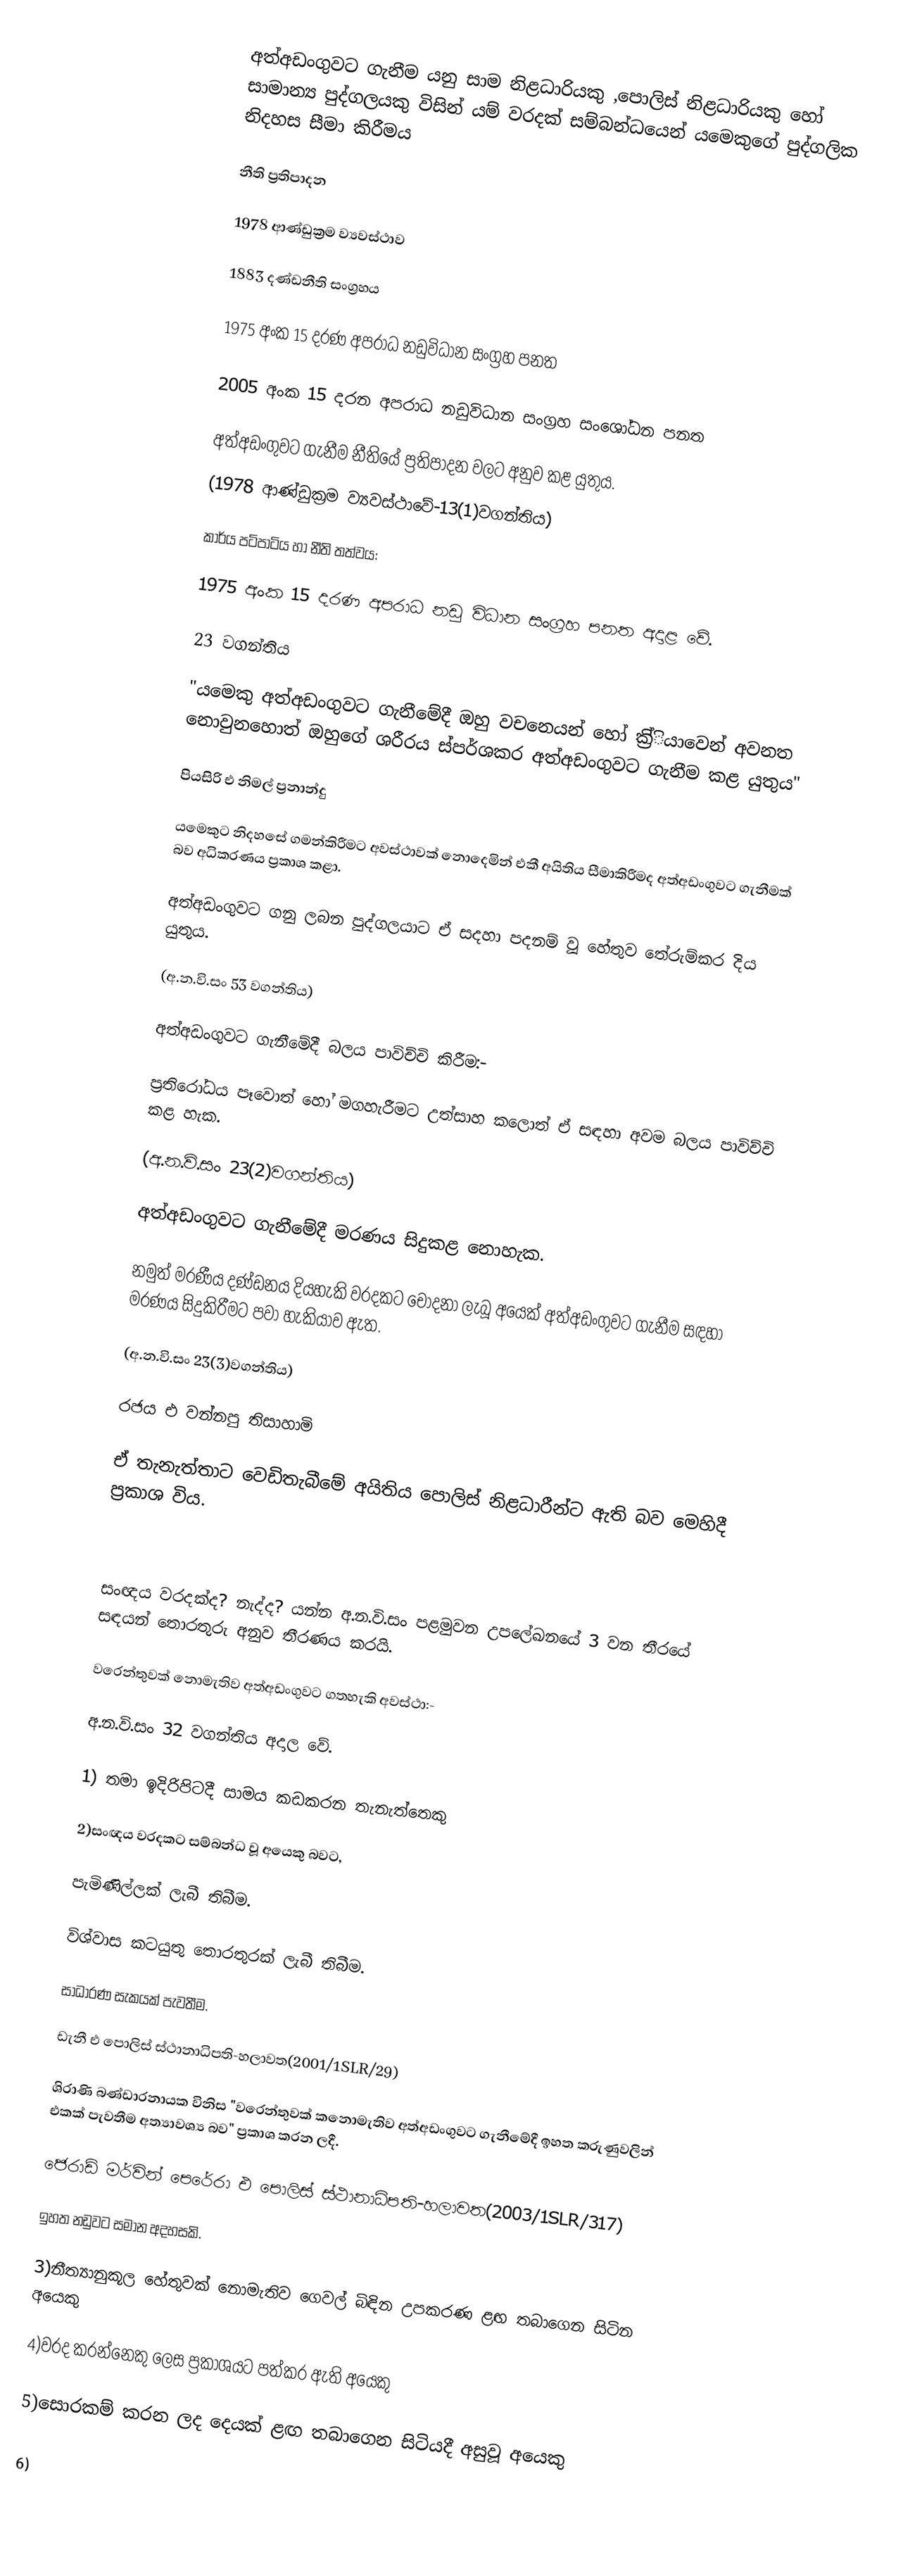
අත්අඩංගුවට ගැනීම යනු සාම නිළධාරියකු ,පොලිස් නිළධාරියකු හෝ සාමාන්‍ය පුද්ගලයකු විසින් යම් වරදක් සම්බන්ධයෙන් යමෙකුගේ පුද්ගලික නිදහස සීමා කිරීමය

  ‍නීති ප්‍රතිපාදන

1978 ආණ්ඩුක්‍රම ව්‍යවස්ථාව

1883 දණ්ඩනීති සංග්‍රහය

1975 අංක 15 දරණ අපරාධ නඩුවිධාන සංග්‍රහ පනත

2005 අංක 15 දරන අපරාධ නඩුවිධාන සංග්‍රහ සංශෝධන පනත

අත්අඩංගුවට ගැනීම නීතියේ ප්‍රතිපාදන වලට අනුව කළ යුතුය.
(1978 ආණ්ඩුක්‍රම ව්‍යවස්ථාවේ-13(1)වගන්තිය)

කාර්ය පටිපාටිය හා නීති තත්වය:

1975 අංක 15 දරණ අපරාධ නඩු විධාන සංග්‍රහ පනත අදාළ වේ.

23 වගන්තිය

"යමෙකු අත්අඩංගුවට ගැනීමේදී ඔහු වචනෙයන් හෝ ක්‍රි්ියාවෙන් අවනත නොවුනහොත් ඔහුගේ ශරීරය ස්පර්ශකර අත්අඩංගුවට ගැනීම කළ යුතුය"

පියසිරි එ නිමල් ප්‍රනාන්දු

යමෙකුට නිදහසේ ගමන්කිරීමට අවස්ථාවක් නොදෙමින් එකී අයිතිය සීමාකිරීමද අත්අඩංගුවට ගැනීමක් බව අධිකරණය ප්‍රකාශ කළා.

අත්අඩංගුවට ගනු ලබන පුද්ගලයාට ඒ සදහා පදනම් වූ හේතුව තේරුම්කර දිය යුතුය.

(අ.න.වි.සං 53 වගන්තිය)

අත්අඩංගුවට ගැනීමේදී බලය පාවිච්චි කිරීම:-

ප්‍රතිරෝධය පෑවොත් හෝ මගහැරීමට උත්සාහ කලොත් ඒ සඳහා අවම බලය ‍පාවිච්චි කළ හැක.

(අ.න.වි.සං 23(2)වගන්තිය)

අත්අඩංගුවට ගැනීමේදී මරණය සිදුකළ නොහැක.

නමුත් මරණීය දණ්ඩනය දියහැකි වරදකට චෝදනා ලැබූ අයෙක් අත්අඩංගුවට ගැනීම සඳහා මරණය සිදුකිරීමට පවා හැකියාව ඇත.

(අ.න.වි.සං 23(3)වගන්තිය)

රජය එ වන්නපු තිසාහාමි

ඒ තැනැත්තාට වෙඩිතැබීමේ අයිතිය පොලිස් නිළධාරීන්ට ඇති බව මෙහිදී ප්‍රකාශ විය.

සංඥය වරදක්ද? නැද්ද? යන්න අ.න.වි.සං පළමුවන උප‍ලේඛනයේ 3 වන තීරයේ සඳයන් තොරතුරු අනුව තීරණය කරයි.

වරෙන්තුවක් නොමැතිව අත්අඩංගුවට ගතහැකි අවස්ථා:-

අ.න.වි.සං 32 වගන්තිය අදාල වේ.

1) තමා ඉදිරිපිටදී සාමය කඩකරන තැනැත්තෙකු

2)සංඥය වරදකට සම්බන්ධ වූ අයෙකු බවට,

 පැමිණිල්ලක් ලැබී තිබීම.

 විශ්වාස කටයුතු තොරතුරක් ලැබී තිබීම.

 සාධාරණ සැකයක් පැවතීම.

ඩැනී  එ  පොලිස් ස්ථානාධිපති-හලාවත(2001/1SLR/29)

ශිරාණි බණ්ඩාරනායක විනිස "වරෙන්තුවක් කනොමැතිව අත්අඩංගුවට ගැනීමේදී ඉහත කරුණුවලින් එකක් පැවතීම අත්‍යාවශ්‍ය බව" ප්‍රකාශ කරන ලදී.

‍ජෙරාඩ් මර්වින් පෙරේරා එ  පොලිස් ස්ථානාධිපති-හලාවත(2003/1SLR/317)

ඉහත නඩුවට සමාන අදහසකි.

3)නීත්‍යානුකූල හේතුවක් නොමැතිව ගෙවල් බිඳින උපකරණ ළඟ තබාගෙන සිටින අයෙකු

4)වරද කරන්නෙකු ලෙස ප්‍රකාශයට පත්කර ඇති අයෙකු

5)සොරකම් කරන ලද දෙයක් ළඟ තබාගෙන සිටියදී අසුවූ අ‍යෙකු

6)